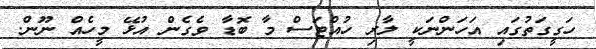
ހަގީގަތުގައި އަހަންނަކީ ލާރި ހުއްޓަސް މާ ބޮޑާ ވެގެން އުޅޭ މީހެއް ނޫން.